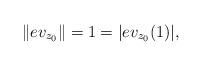
LaTeX: \begin{align*}\|ev_{z_0}\|=1=|ev_{z_0}(1)|,\end{align*}